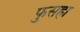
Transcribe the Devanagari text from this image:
फुसहा